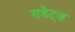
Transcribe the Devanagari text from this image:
राडेट्ज़